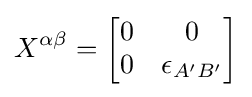
X^{\alpha \beta }={\begin{bmatrix}0&0\\0&\epsilon _{A'B'}\end{bmatrix}}